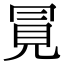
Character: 㒻